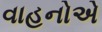
વાહનોએ